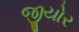
જીયોર